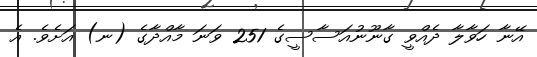
އޭނާ ހަވާލާ ދެއްވީ ގާނޫނުއަސާސީގެ 251 ވަނަ މާއްދާގެ (ނ) އަށެވެެ. އެ